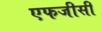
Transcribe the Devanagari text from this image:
एफजीसी